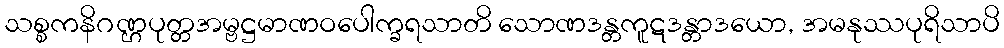
သစ္စကနိဂဏ္ဌပုတ္တအမ္ဗဋ္ဌမာဏဝပေါက္ခရသာတိ သောဏဒန္တကူဋဒန္တာဒယော, အမနုဿပုရိသာပိ